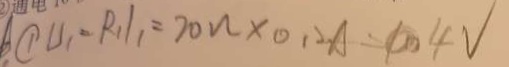
\textcircled { 1 } L _ { 1 } - R _ { 1 } = 2 0 \Omega \times 0 . 2 A = 4 0 4 V